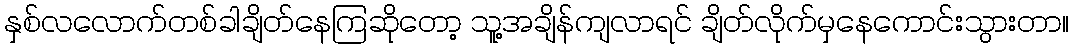
နှစ်လလောက်တစ်ခါချိတ်နေကြဆိုတော့ သူ့အချိန်ကျလာရင် ချိတ်လိုက်မှနေကောင်းသွားတာ။